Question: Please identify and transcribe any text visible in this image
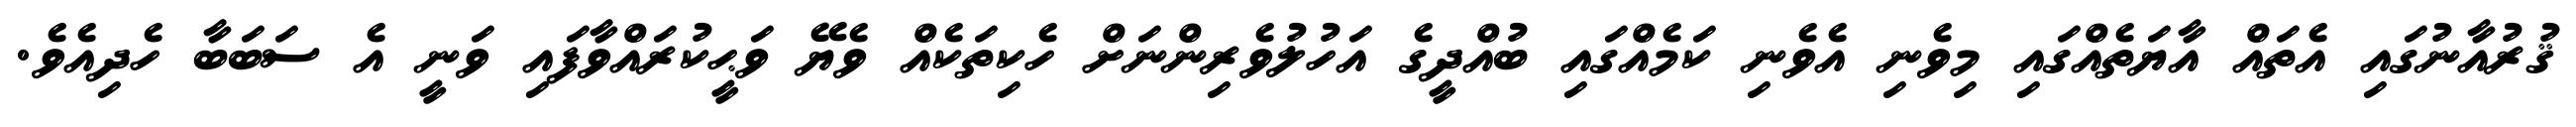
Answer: ޤުރުއާނުގައި އެތައް އާޔަތެއްގައި މިވެނި އެވެނި ކަމެއްގައި ބުއްދީގެ އަހުލުވެރިންނަށް ހެކިތަކެއް ވެޔޭ ވަޙީކުރައްވާފައި ވަނީ އެ ސަބަބާ ހެދިއެވެ.